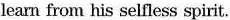
learn from his selfless spirit.